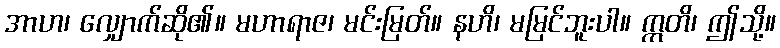
အာဟ၊ လျှောက်ဆို၏။ မဟာရာဇ၊ မင်းမြတ်။ နဟိ၊ မမြင်ဘူးပါ။ ဣတိ၊ ဤသို့။